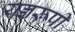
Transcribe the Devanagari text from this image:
यज्ञरूपी